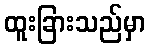
ထူးခြားသည်မှာ